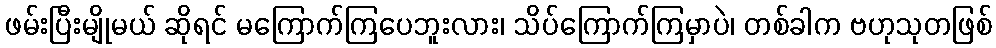
ဖမ်းပြီးမျိုမယ် ဆိုရင် မကြောက်ကြပေဘူးလား၊ သိပ်ကြောက်ကြမှာပဲ၊ တစ်ခါက ဗဟုသုတဖြစ်